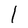
Character: l